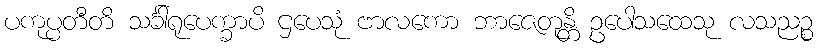
ပကုပ္ပတီတိ သင်္ခါရုပေက္ခာပိ ဌပေသုံ ဗာလကော ဘာဇေတုန္တိ ဥပေါသထေသု လသညဉ္စ